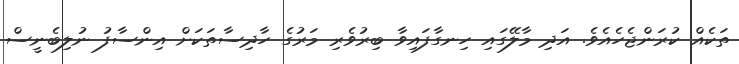
ތަކެއް ކުރަންޖެހެއެވެ. އަދި މާލޭގައި ހިނގާފައިވާ ބިރުވެރި މަރުގެ ހާދިސާތަކަށް އިންސާފު ނުލިބެނީސް